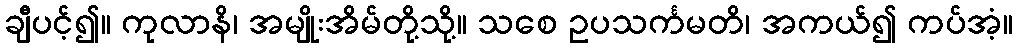
ချီပင့်၍။ ကုလာနိ၊ အမျိုးအိမ်တို့သို့။ သစေ ဥပသင်္ကမတိ၊ အကယ်၍ ကပ်အံ့။